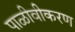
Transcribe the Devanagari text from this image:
पाळीवीकरण